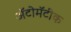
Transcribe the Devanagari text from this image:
ॲटोमॅटीक